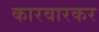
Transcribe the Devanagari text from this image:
कारवारकर